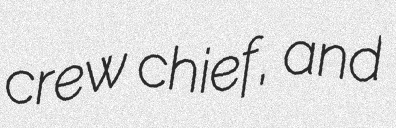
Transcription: crew chief, and